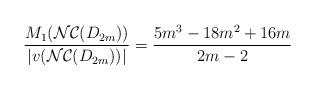
LaTeX: \begin{align*} \dfrac{M_{1}(\mathcal{NC}(D_{2m}))}{|v( \mathcal{NC}(D_{2m}))|} = \dfrac{5m^{3}-18m^{2}+16m}{2m-2} \end{align*}